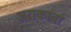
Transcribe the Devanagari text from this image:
अराकावा